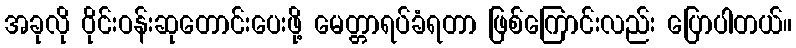
အခုလို ဝိုင်းဝန်းဆုတောင်းပေးဖို့ မေတ္တာရပ်ခံရတာ ဖြစ်ကြောင်းလည်း ပြောပါတယ်။